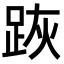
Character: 𨀡